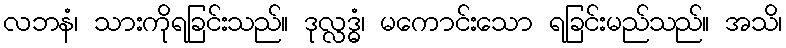
လဘနံ၊ သားကိုရခြင်းသည်။ ဒုလ္လဒ္ဓံ၊ မကောင်းသော ရခြင်းမည်သည်။ အသိ၊